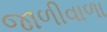
જાળીવાળા